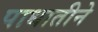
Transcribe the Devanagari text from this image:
पाधातीने